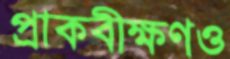
প্রাকবীক্ষণও